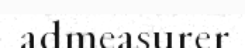
admeasurer